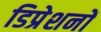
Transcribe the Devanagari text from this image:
डिप्रेशनों